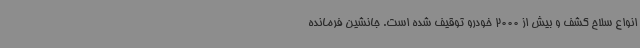
انواع سلاح کشف و بیش از 2000 خودرو توقیف شده است. جانشین فرمانده